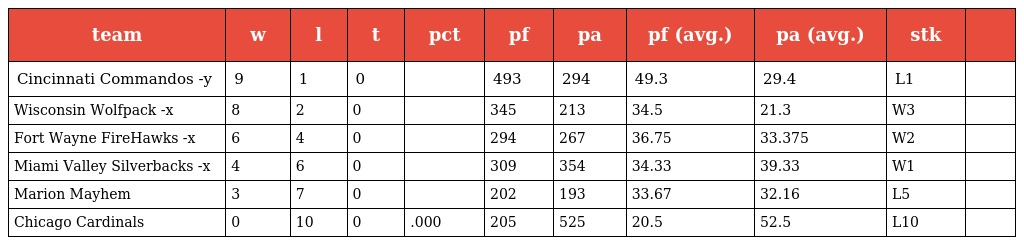
| team | w | l | t | pct | pf | pa | pf (avg.) | pa (avg.) | stk |  |
 | --- | --- | --- | --- | --- | --- | --- | --- | --- | --- | --- |
 | Cincinnati Commandos -y | 9 | 1 | 0 |  | 493 | 294 | 49.3 | 29.4 | L1 |  |
 | Wisconsin Wolfpack -x | 8 | 2 | 0 |  | 345 | 213 | 34.5 | 21.3 | W3 |  |
 | Fort Wayne FireHawks -x | 6 | 4 | 0 |  | 294 | 267 | 36.75 | 33.375 | W2 |  |
 | Miami Valley Silverbacks -x | 4 | 6 | 0 |  | 309 | 354 | 34.33 | 39.33 | W1 |  |
 | Marion Mayhem | 3 | 7 | 0 |  | 202 | 193 | 33.67 | 32.16 | L5 |  |
 | Chicago Cardinals | 0 | 10 | 0 | .000 | 205 | 525 | 20.5 | 52.5 | L10 |  |